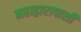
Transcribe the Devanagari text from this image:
महाद्वारापाशी